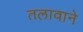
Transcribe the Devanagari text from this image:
तलावाने